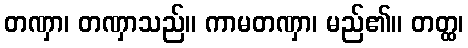
တဏှာ၊ တဏှာသည်။ ကာမတဏှာ၊ မည်၏။ တတ္ထ၊